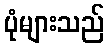
ပုံများသည်